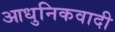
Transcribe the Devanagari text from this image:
आधुनिकवादी